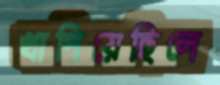
খাপিয়েছিলে